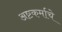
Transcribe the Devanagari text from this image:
अष्टकर्माचे